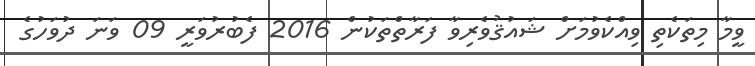
ވީމާ މިތަކެތި ވިއްކެވުމަށް ޝައުޤުވެރިވާ ފަރާތްތަކުން 2016 ފެބުރުވަރީ 09 ވަނަ ދުވަހުގެ